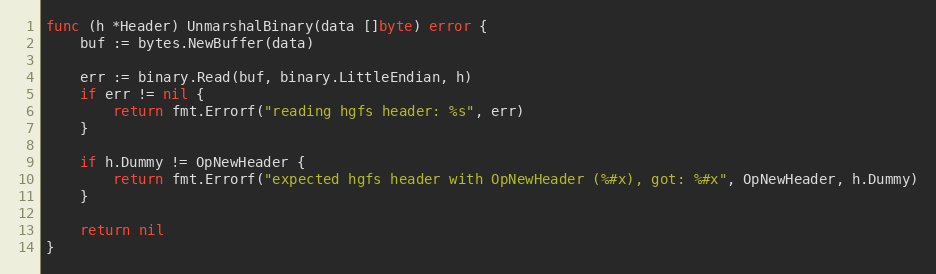
Language: Go
func (h *Header) UnmarshalBinary(data []byte) error {
	buf := bytes.NewBuffer(data)

	err := binary.Read(buf, binary.LittleEndian, h)
	if err != nil {
		return fmt.Errorf("reading hgfs header: %s", err)
	}

	if h.Dummy != OpNewHeader {
		return fmt.Errorf("expected hgfs header with OpNewHeader (%#x), got: %#x", OpNewHeader, h.Dummy)
	}

	return nil
}